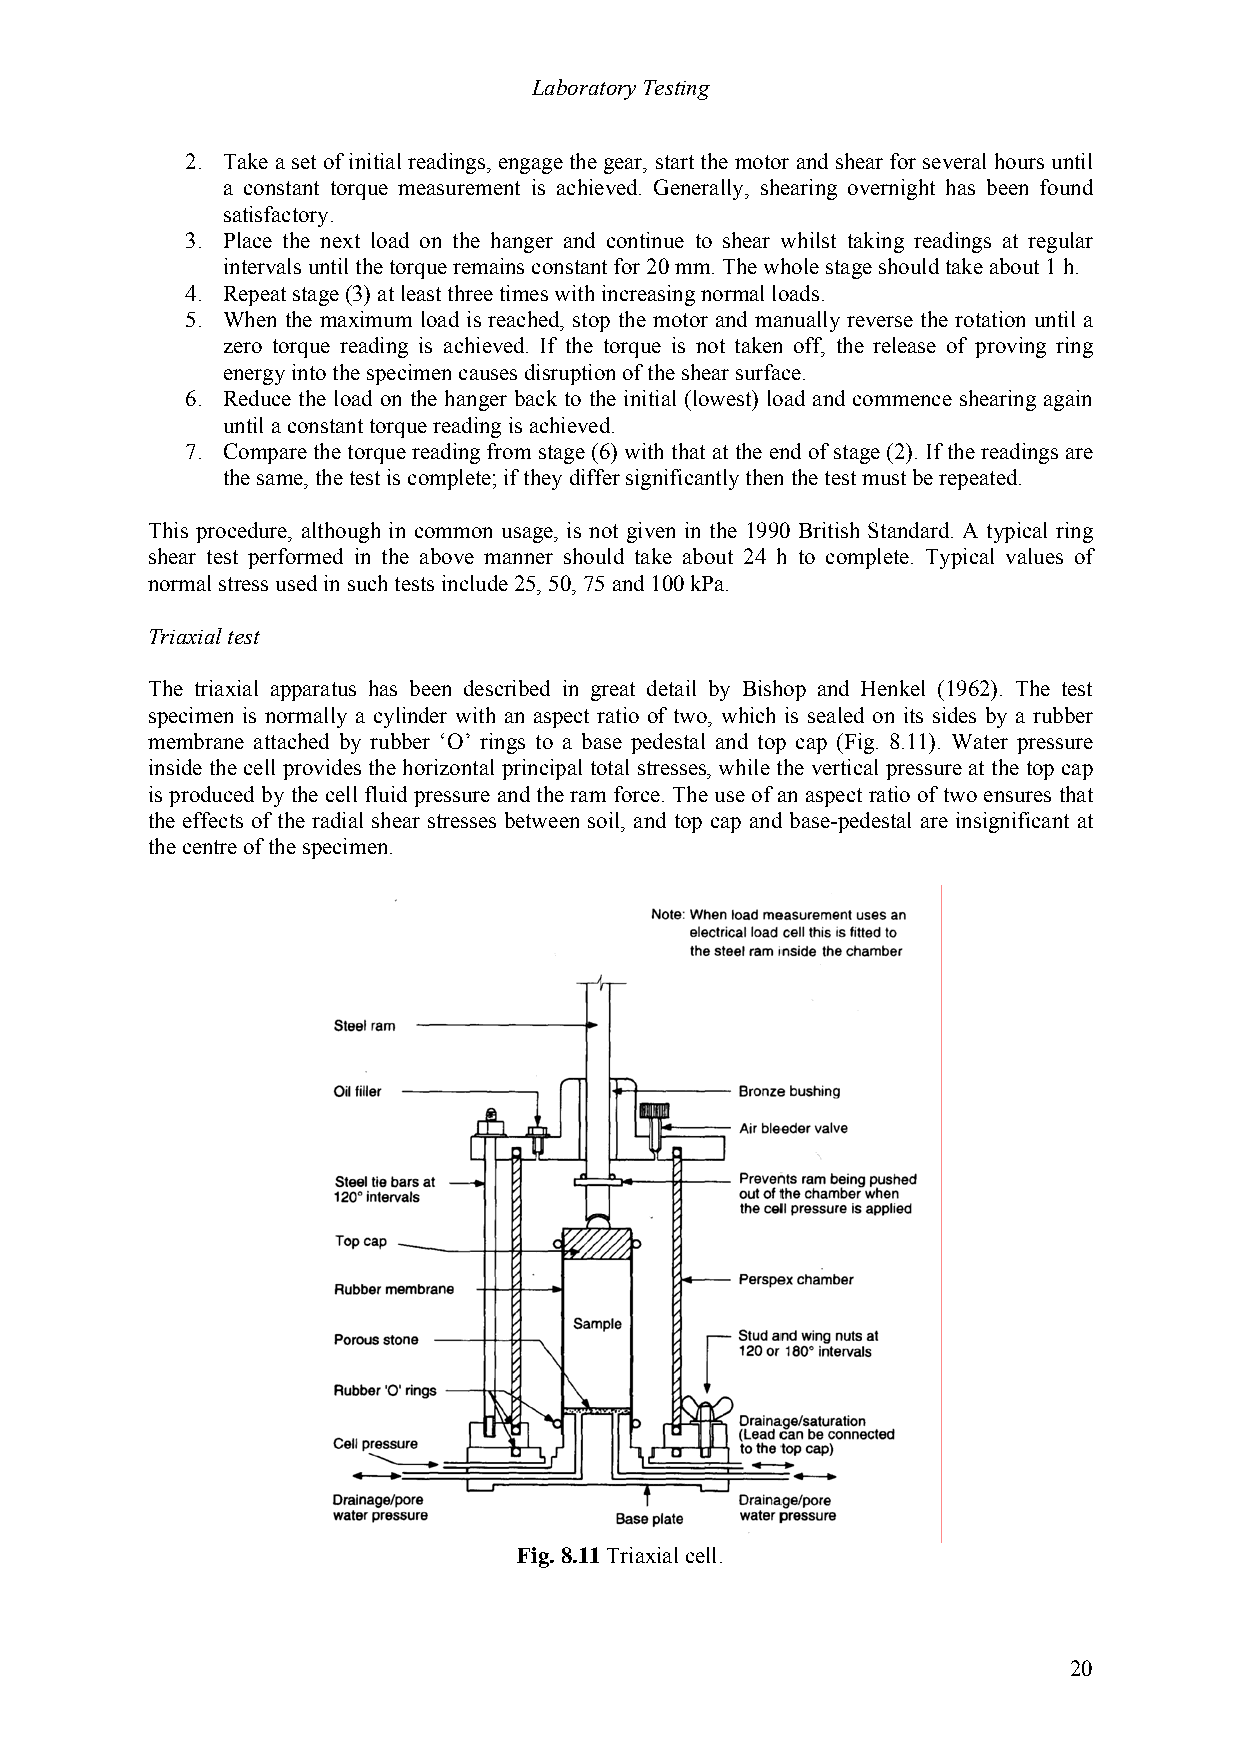
Laboratory Testing
 2. Take a set of initial readings, engage the gear, start the motor and shear for several hours until
 a constant torque measurement is achieved. Generally, shearing overnight has been found
 satisfactory.
 3. Place the next load on the hanger and continue to shear whilst taking readings at regular
 intervals until the torque remains constant for 20 mm. The whole stage should take about 1 h.
 4. Repeat stage (3) at least three times with increasing normal loads.
 5. When the maximum load is reached, stop the motor and manually reverse the rotation until a
 zero torque reading is achieved. If the torque is not taken off, the release of proving ring
 energy into the specimen causes disruption of the shear surface.
 6. Reduce the load on the hanger back to the initial (lowest) load and commence shearing again
 until a constant torque reading is achieved.
 7. Compare the torque reading from stage (6) with that at the end of stage (2). If the readings are
 the same, the test is complete; if they differ significantly then the test must be repeated.
 This procedure, although in common usage, is not given in the 1990 British Standard. A typical ring
 shear test performed in the above manner should take about 24 h to complete. Typical values of
 normal stress used in such tests include 25, 50, 75 and 100 kPa.
 Triaxial test
 The triaxial apparatus has been described in great detail by Bishop and Henkel (1962). The test
 specimen is normally a cylinder with an aspect ratio of two, which is sealed on its sides by a rubber
 membrane attached by rubber ‘O’ rings to a base pedestal and top cap (Fig. 8.11). Water pressure
 inside the cell provides the horizontal principal total stresses, while the vertical pressure at the top cap
 is produced by the cell fluid pressure and the ram force. The use of an aspect ratio of two ensures that
 the effects of the radial shear stresses between soil, and top cap and base-pedestal are insignificant at
 the centre of the specimen.
 Fig. 8.11 Triaxial cell.
 20